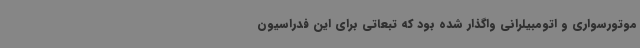
موتورسواری و اتومبیلرانی واگذار شده بود که تبعاتی برای این فدراسیون